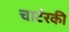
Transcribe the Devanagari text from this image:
चार्टरकी